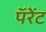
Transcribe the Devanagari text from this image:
पॅरेंट